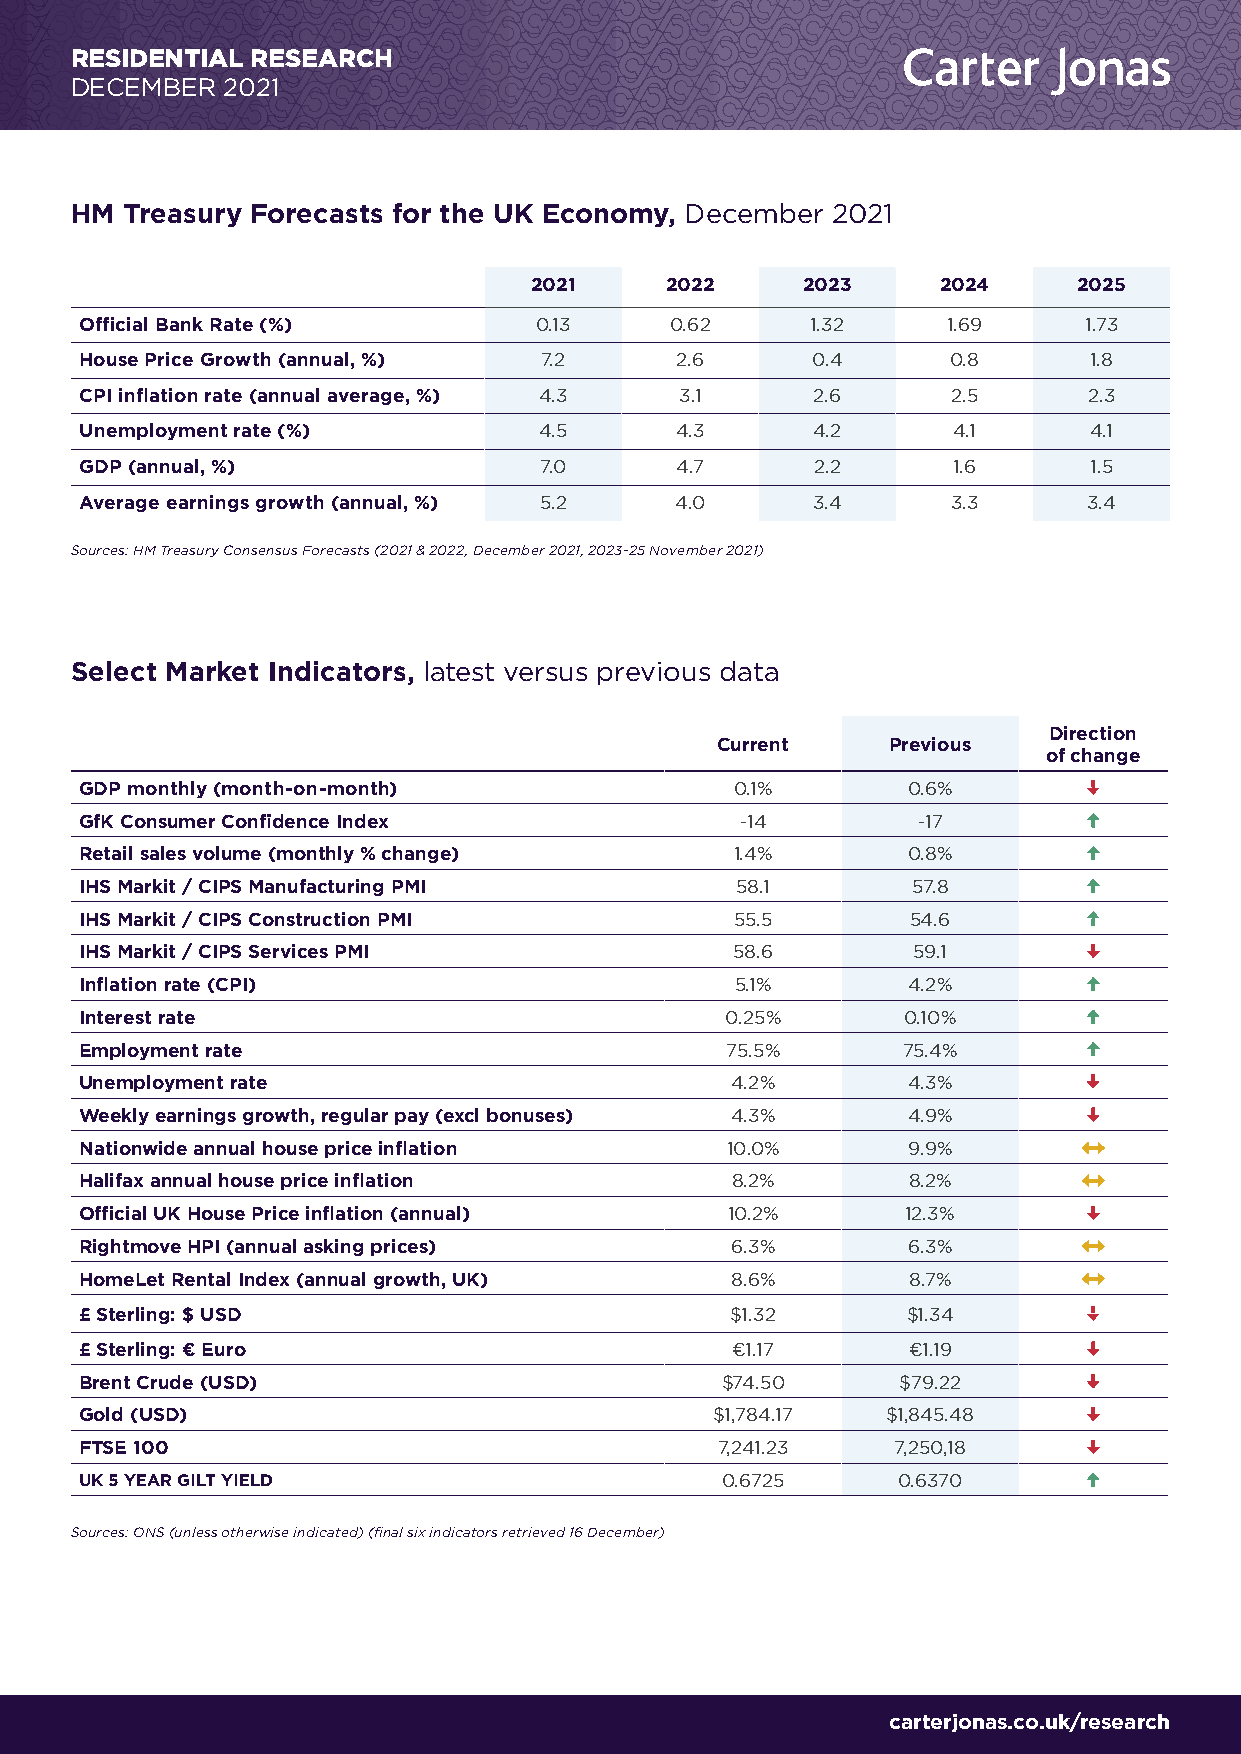
RESIDENTIAL RESEARCH
 DECEMBER  2021
 HM Treasury Forecasts for the UK Economy, December 2021
 2021     2022     2023     2024     2025
 Official Bank Rate (%)        0.13     0.62      1.32     1.69     1.73
 House Price Growth (annual, %) 7.2      2.6      0.4      0.8      1.8
 CPI inflation rate (annual average, %) 4.3 3.1   2.6      2.5      2.3
 Unemployment rate (%)          4.5      4.3      4.2      4.1      4.1
 GDP (annual, %)                7.0      4.7      2.2      1.6      1.5
 Average earnings growth (annual, %) 5.2 4.0      3.4      3.3      3.4
 Sources: HM Treasury Consensus Forecasts (2021 & 2022, December 2021, 2023-25 November 2021)
 Select Market Indicators, latest versus previous data
 Direction
 Current     Previous
 of change
 GDP monthly (month-on-month)                0.1%       0.6%
 GfK Consumer Confidence Index               -14         -17
 Retail sales volume (monthly % change)      1.4%       0.8%
 IHS Markit / CIPS Manufacturing PMI         58.1       57.8
 IHS Markit / CIPS Construction PMI          55.5       54.6
 IHS Markit / CIPS Services PMI              58.6       59.1
 Inflation rate (CPI)                        5.1%       4.2%
 Interest rate                              0.25%       0.10%
 Employment rate                            75.5%       75.4%
 Unemployment rate                          4.2%        4.3%
 Weekly earnings growth, regular pay (excl bonuses) 4.3% 4.9%
 Nationwide annual house price inflation    10.0%       9.9%
 Halifax annual house price inflation       8.2%        8.2%
 Official UK House Price inflation (annual) 10.2%       12.3%
 Rightmove HPI (annual asking prices)       6.3%        6.3%
 HomeLet Rental Index (annual growth, UK)   8.6%        8.7%
 £ Sterling: $ USD                          $1.32       $1.34
 £ Sterling: € Euro                         €1.17       €1.19
 Brent Crude (USD)                          $74.50      $79.22
 Gold (USD)                                $1,784.17   $1,845.48
 FTSE 100                                  7,241.23    7,250,18
 UK 5 YEAR GILT YIELD                       0.6725     0.6370
 Sources: ONS (unless otherwise indicated) (final six indicators retrieved 16 December)
 carterjonas.co.uk/research